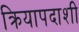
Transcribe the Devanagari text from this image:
क्रियापदाशी